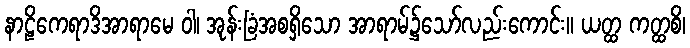
နာဠိကေရာဒိအာရာမေ ဝါ၊ အုန်းခြံအစရှိသော အာရာမ်၌သော်လည်းကောင်း။ ယတ္ထ ကတ္ထစိ၊